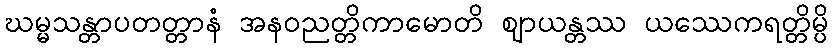
ဃမ္မသန္တာပတတ္တာနံ အနဝညတ္တိကာမောတိ ဈာယန္တဿ ယဿေကရတ္တိမ္ပိ